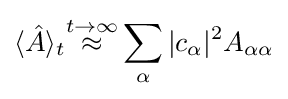
\langle {\hat {A}}\rangle _{t}{\overset {t\to \infty }{\approx }}\sum _{\alpha }\vert c_{\alpha }\vert ^{2}A_{\alpha \alpha }